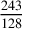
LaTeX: \frac { 2 4 3 } { 1 2 8 }